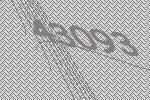
43093